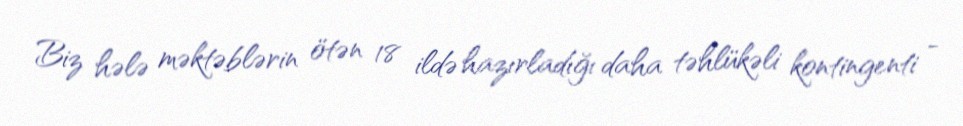
Biz hələ məktəblərin ötən 18 ildə hazırladığı daha təhlükəli kontingenti -